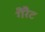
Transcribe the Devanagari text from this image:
गैरैट